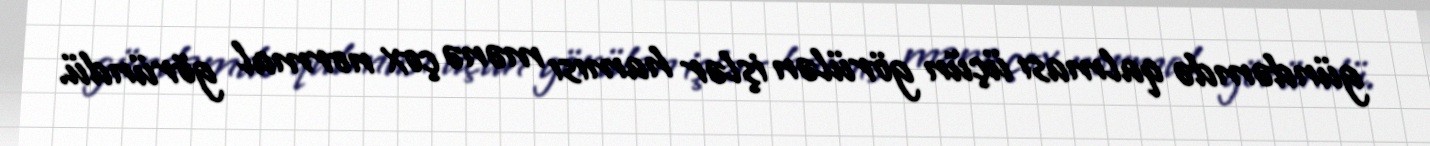
gündəmdə qalması üçün görülən işlər hamısı mənə çox normal göründü.